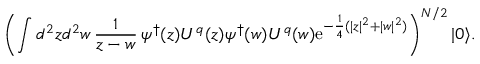
\left( \int d ^ { 2 } z d ^ { 2 } w \, { \frac { 1 } { z - w } } \, \psi ^ { \dagger } ( z ) U ^ { q } ( z ) \psi ^ { \dagger } ( w ) U ^ { q } ( w ) \mathrm { e } ^ { - { \frac { 1 } { 4 } } ( | z | ^ { 2 } + | w | ^ { 2 } ) } \right) ^ { N / 2 } | 0 \rangle .